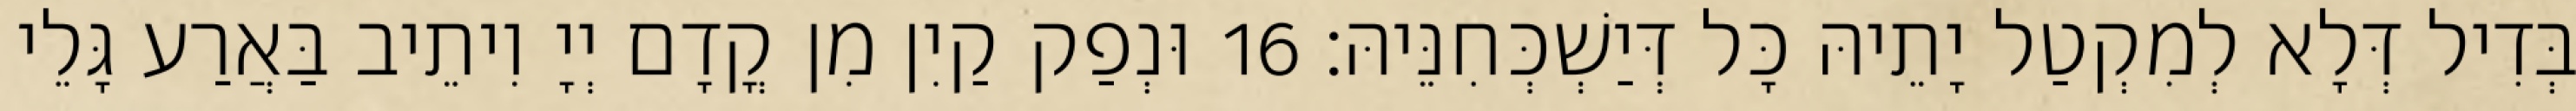
בְּדִיל דְּלָא לְמִקְטַל יָתֵיהּ כָּל דְּיַשְׁכְּחִנֵּיהּ׃ 16 וּנְפַק קַיִן מִן קֳדָם יְיָ וִיתֵיב בַּאֲרַע גָּלֵי